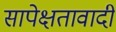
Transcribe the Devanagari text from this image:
सापेक्षतावादी